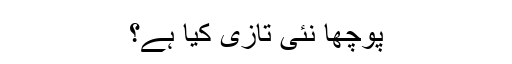
پوچھا نئی تازی کیا ہے؟